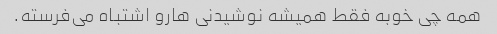
همه چی خوبه فقط همیشه نوشیدنی هارو اشتباه می‌فرسته.